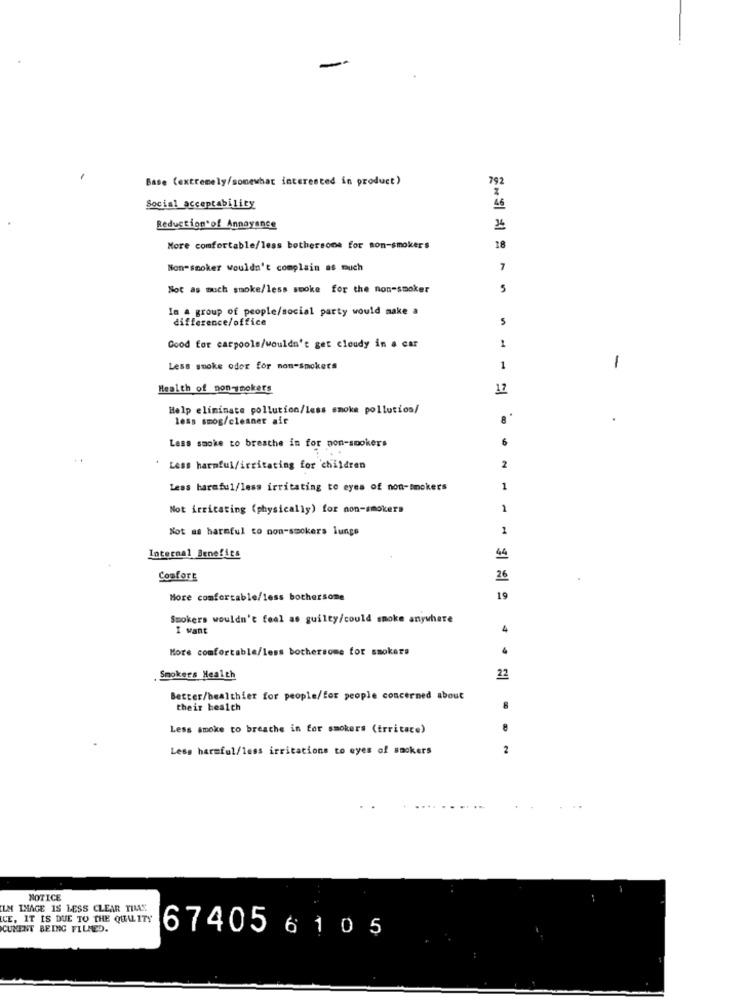
Base (extremely/somewhat interested in product)
792
Social acceptability
46
Reduction of Annoyance
More comfortable/less bothersome for non-smokers
18
Non-smoker wouldn't complain as much
7
Not as much smoke/less smoke for the non-smoker
5
In a group of people/social party would make a
difference/office
5
1
Good for carpools/wouldn't get cloudy in a car
Less smoke odor for non-smokers
1
1
Health of non-smokers
12
Help eliminate pollution/less smoke pollution/
less smog/cleaner aff
8
Less smoke to breathe in for non-smokers
' Less harmful/irritating for children
2
Less harmful/less irritating to eyes of non-smokers
1
Not irritating (physically) for non-smokers
1
Not as harmful to non-smokers lungs
1
Internal Benefits
44
Confort
26
More comfortable/less bothersome
19
Smokers wouldn't feel as guilty/could smoke anywhere
I want
4
More comfortable/less bothersome for smokers
Smokers Health
22
Better/healthier for people/for people concerned about
their health
8
Less smoke to breathe in for smokers (trritace)
Less harmful/less irritations to eyes of smokers
2
NOTICE
ILM IMAGE IS LESS CLEAR TIMAS
CE, IT IS DUE TO THE QUALITY
CUMENT BEING FILMED.
67405 6 1 0 5